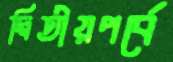
দ্বিতীয়পর্বে